Indian journal of veterinary science and animal husbandry - Volume 12,
Year: 1942
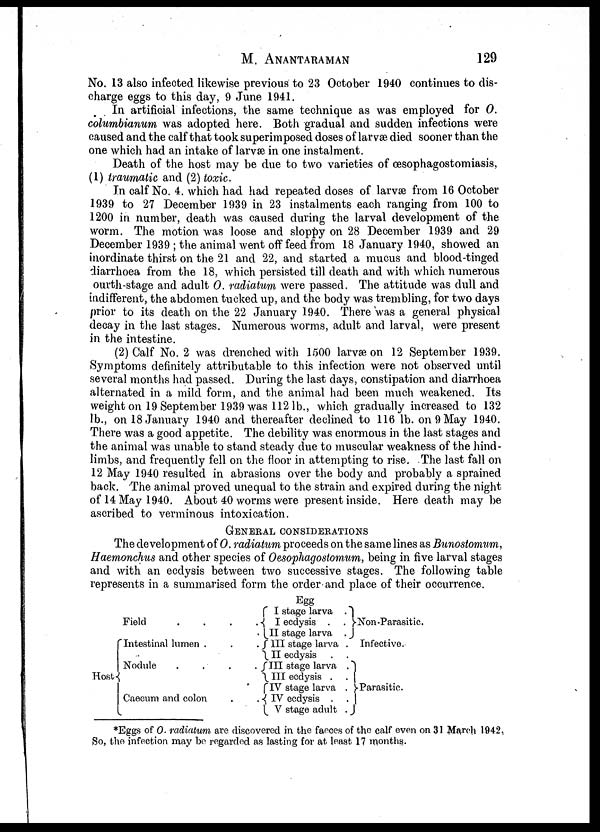
M. ANANTARAMAN 129
No. 13 also infected likewise previous to 23 October 1940 continues to dis-
charge eggs to this day, 9 June 1941.
In artificial infections, the same technique as was employed for 0.
columbianum was adopted here. Both gradual and sudden infections were
caused and the calf that took superimposed doses of larvæ died sooner than the
one which had an intake of larvæ in one instalment.
Death of the host may be due to two varieties of œsophagostomiasis,
(1) traumatic and (2) toxic.
In calf No. 4. which had had repeated doses of larvæ from 16 October
1939 to 27 December 1939 in 23 instalments each ranging from 100 to
1200 in number, death was caused during the larval development of the
worm. The motion was loose and sloppy on 28 December 1939 and 29
December 1939 ; the animal went off feed from 18 January 1940, showed an
inordinate thirst on the 21 and 22, and started a mucus and blood-tinged
diarrhoea from the 18, which persisted till death and with which numerous
ourth-stage and adult 0. radiatum were passed. The attitude was dull and
indifferent, the abdomen tucked up, and the body was trembling, for two days
prior to its death on the 22 January 1940. There was a general physical
decay in the last stages. Numerous worms, adult and larval, were present
in the intestine.
(2) Calf No. 2 was drenched with 1500 larvæ on 12 September 1939.
Symptoms definitely attributable to this infection were not observed until
several months had passed. During the last days, constipation and diarrhoea
alternated in a mild form, and the animal had been much weakened. Its
Weight on 19 September 1939 was 112 lb., which gradually increased to 132
lb., on 18 January 1940 and thereafter declined to 116 lb. on 9 May 1940.
There was a good appetite. The debility was enormous in the last stages and
the animal was unable to stand steady due to muscular weakness of the hind-
limbs, and frequently fell on the floor in attempting to rise. The last fall on
12 May 1940 resulted in abrasions over the body and probably a sprained
back. The animal proved unequal to the strain and expired during the night
of 14 May 1940. About 40 worms were present inside. Here death may be
ascribed to verminous intoxication.
GENERAL CONSIDERATIONS
The development of O. radiatum proceeds on the same lines as Bunostomum,
Haemonchus and other species of Oesophagostomum, being in five larval stages
and with an ecdysis between two successive stages. The following table
represents in a summarised form the order and place of their occurrence.
Host
Field
.
.
.
.
Intestinal lumen .
.
.
Nodule
.
.
.
.
Caecum and colon
.
.
Egg
I stage larva .
I ecdysis . .
II stage larva .
III stage larva .
II ecdysis
III stage larva .
III ecdysis . .
IV stage larva .
IV ecdysis .
V stage adult .
Non-Parasitic.
Infective.
Parasitic.
*Eggs of O. radiatum are discovered in the faeces of the calf even on 31 March 1942,
So, the infection may be regarded as lasting for at least 17 months.